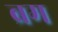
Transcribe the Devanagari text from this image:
ब्रम